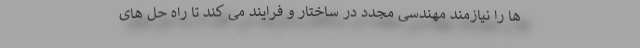
ها را نیازمند مهندسی مجدد در ساختار و فرایند می کند تا راه حل های